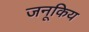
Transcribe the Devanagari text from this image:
जनूकिय